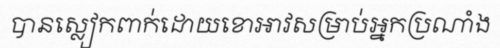
បានស្លៀកពាក់ដោយខោអាវសម្រាប់អ្នកប្រណាំង